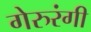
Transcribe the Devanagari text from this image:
गेरुरंगी